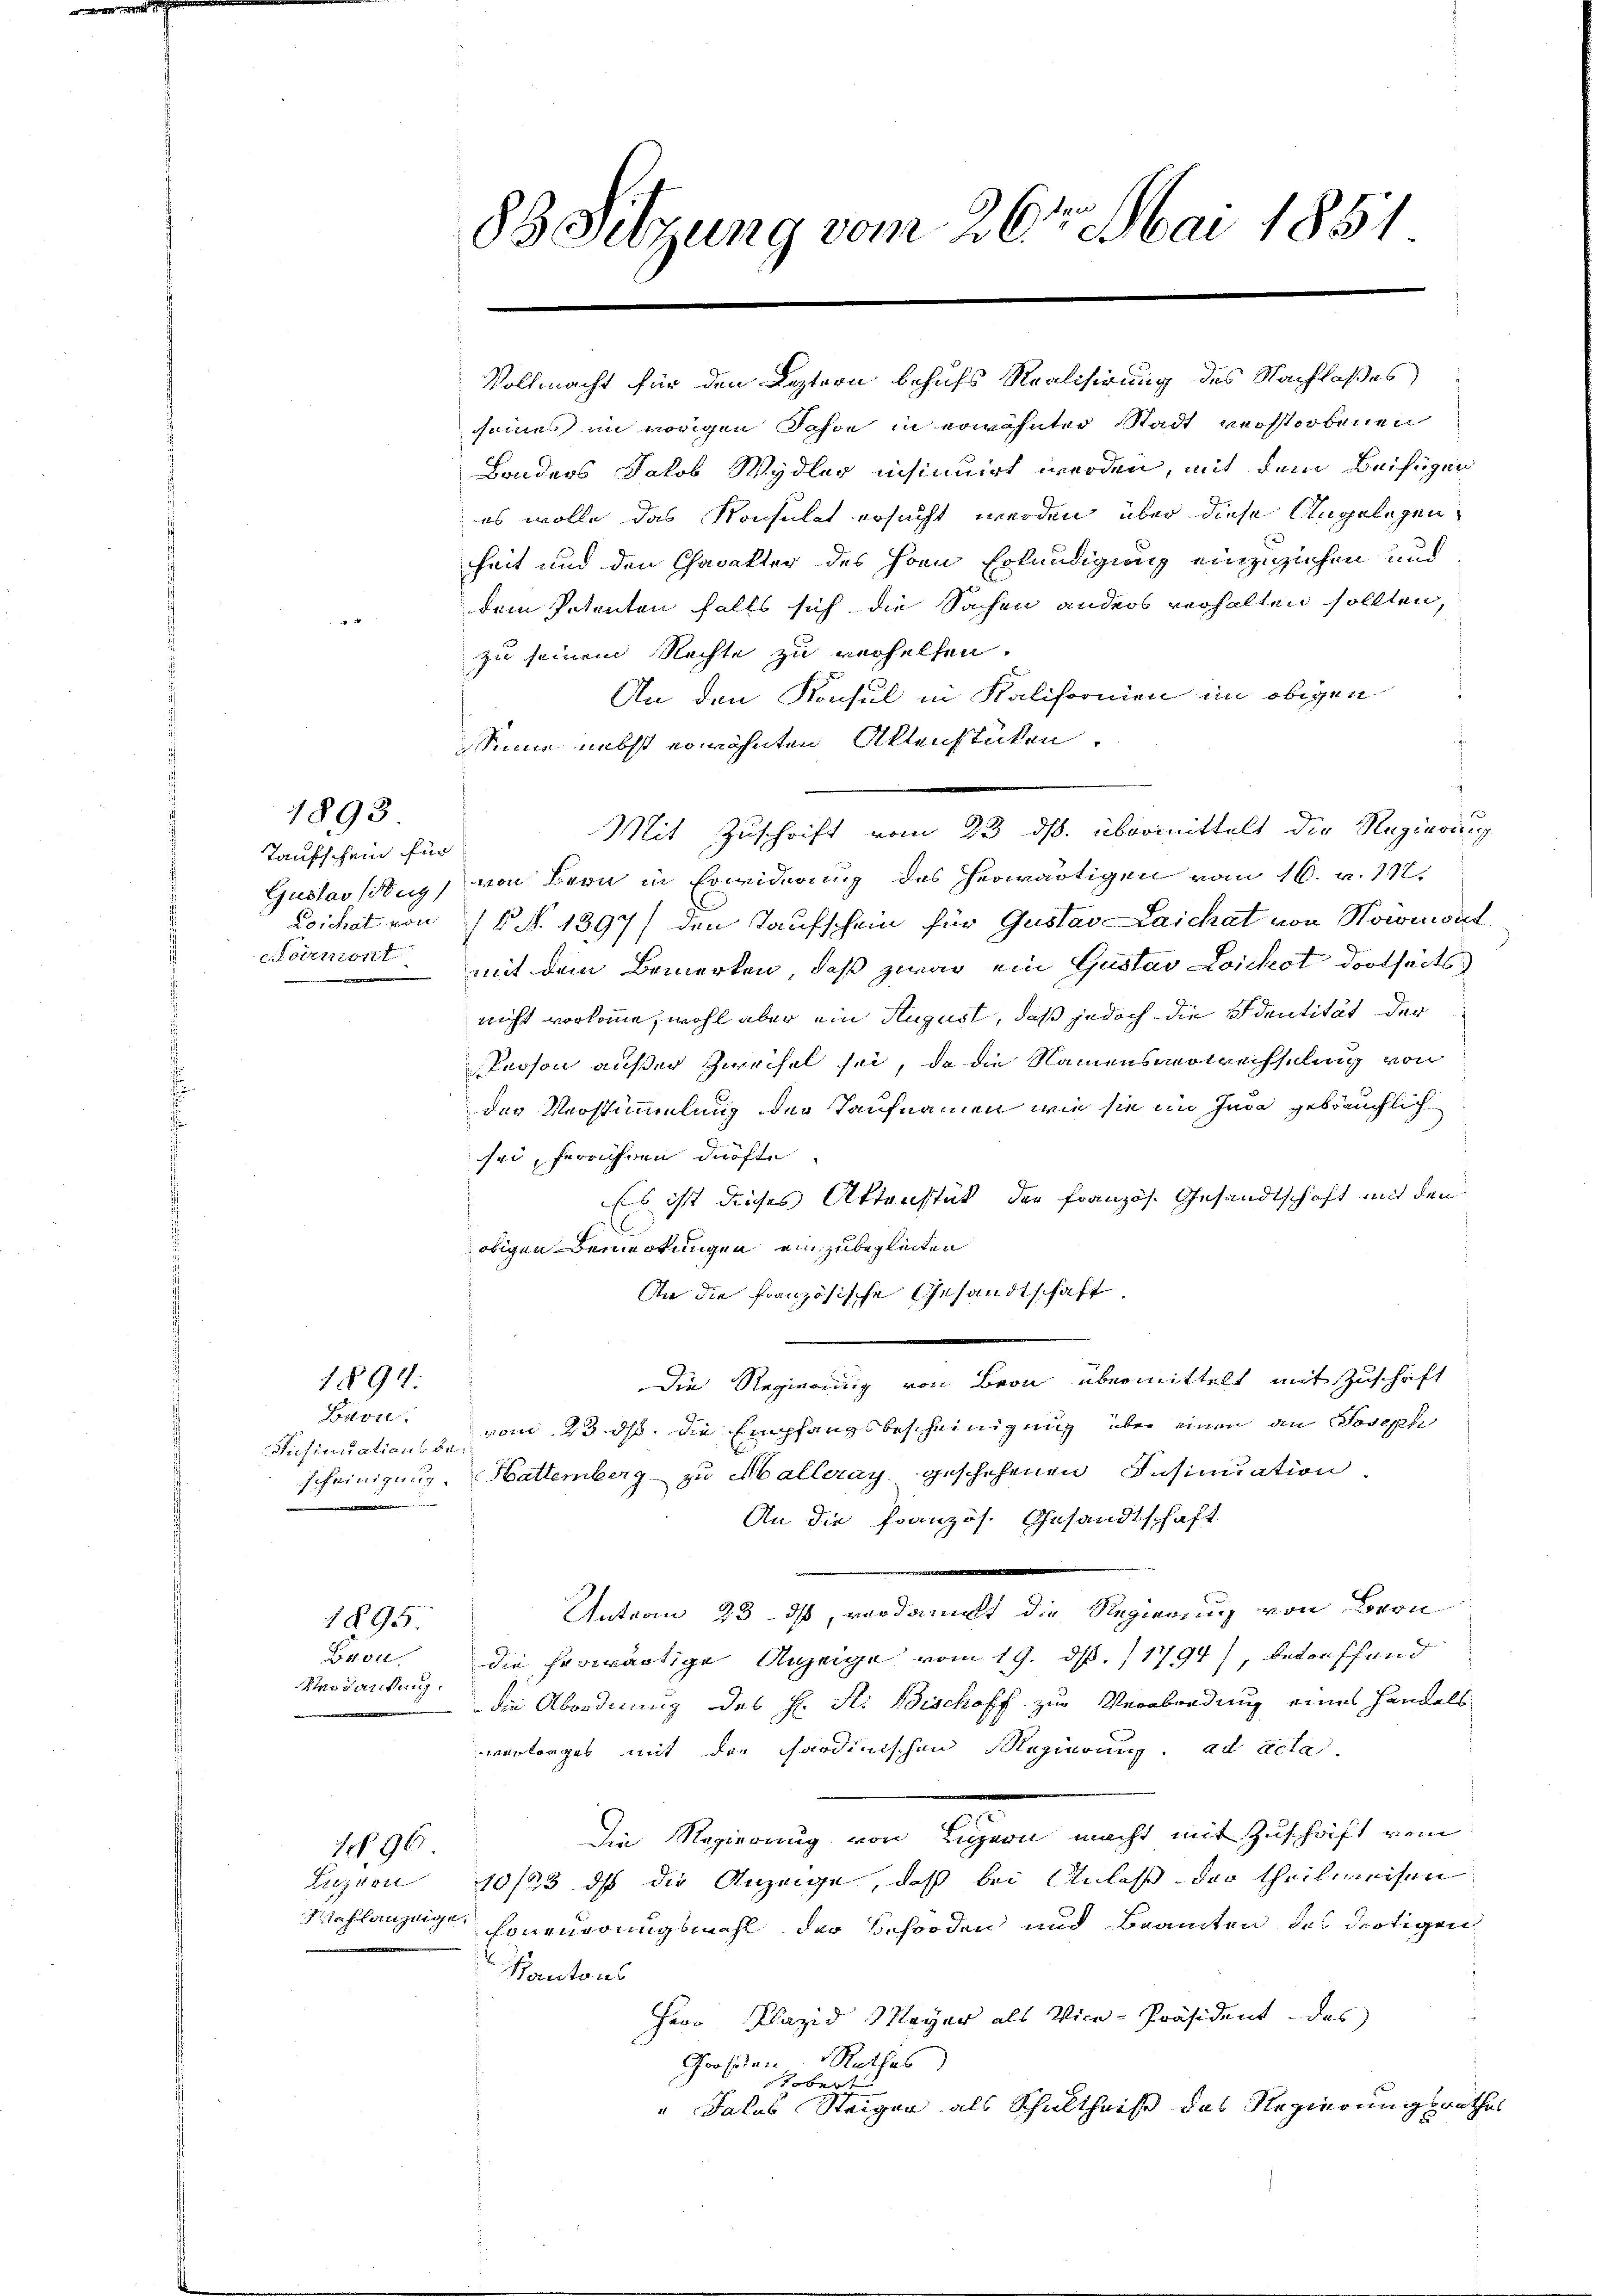
Taufschein für

seines in vorigen Jahre in erwähnter Stadt verstorbenen
Bonders Jakob Wydler insinuirt werden, mit dem Beifügen
es wolle das Konsulat ersucht werden, über diese Angelegen
heit und den Charakter des Horn Erkundigung einzuziehen und
dem Petenten falls sich die Sachen anders verhalten sollten,
 1
zu seinem Rechte zu verhelfen.
An den Konsul in Kalifornien im obigen
Sinne nebst erwähnten Aktenstücken.
Gustavstug) von Bern in Erwiderung des herwärtigen vom 16. v. 112.
Loichat von 16. No. 1397) den Taufschein für Gustav Laichat von Noionwirt
Poemont, mit dem Bemerken, daß zwar ein Gustav Loichst dortseits
nicht vorkomme, wohl aber ein August, daß jedoch die Identität der
Person außer Zweifel sei, da die Namensvolrechselung von
der Verstimmmlung der Taufnamen wie sie im Inda gebräuchlich
sei, ferrühren dürfte
Es ist dieses Aktenstät der französ. Gesandtschaft mit den
otigen Bemerkungen einzubegleiten
An die französische Gesandtschaft
Die Regierung von Bron übermittelt mit Zuschaft
1894.
Bavie
vom 23. ds. die Empfangsbescheinigung über einen an Josephi
Dnsinuationsbe
scheinigung. Hattemberg zu Malleray, geschehenen Insinuation
An die Französ. Gesandtschaft
Unterm 23. ds, verdant die Regierung von Bern
1895.
Bron
die herwärtige Anzeige vom 19. d. 1794), betreffend
Verdankung.
die Abordnung des H. F. Bischoff zur Verabordung eines Handels
vertrages mit der cardinischen Regierung. ad acta
Die Regierung von Ligern macht mit Zuschrift vom
1. 96.
Luzion 10/33 dß die Anzeige, daß bei Anlaß der theilweisen
Wahlanzeige Honeuerungsmahl der Behörden und Branten des dortigen
Kantons
Herr Plazid Meyer als Vice-Präsident des
Großen Rathes
tobert
"Jalas Steigen als Schultheiße das Regierungsrathes

1893

83 Sitzung vom 26ten Mai 1851

Vollmacht für den Leztern behufs Realisirung des Nachlaßes

Mit Zuschrift vom 23. ds. übermittelt die Regierung